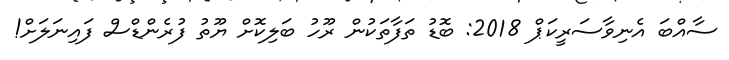
ސާއްބަ އެނިވާސަރީކަޕް 2018: ބޮޑު ތަފާތަކުން ރޫހު ބަލިކޮށް ޔޫތު ފުރެންޑްސް ފައިނަލަށް!